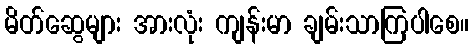
မိတ်ဆွေများ အားလုံး ကျန်းမာ ချမ်းသာကြပါစေ။